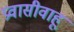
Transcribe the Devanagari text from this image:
प्रवासीवाहू